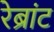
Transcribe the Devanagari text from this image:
रेब्रांट